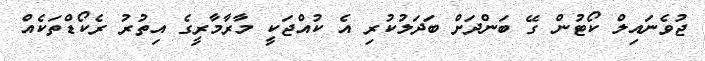
ޖުވެނައިލް ކޯޓުން ގޭ ބަންދަށް ބަދަލުކުރި އެ ކުއްޖަކީ މާރާމާރީގެ އިތުރު ރެކޯޑްތަކެއް